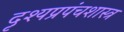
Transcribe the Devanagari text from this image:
दृश्यप्रपंचशास्त्र